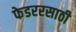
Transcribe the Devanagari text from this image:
फेडररसाठी